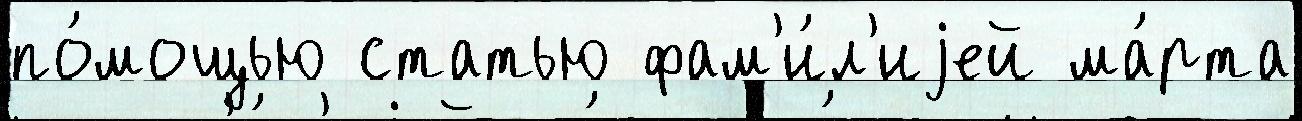
по́мощью статью фам'и́л'иjей ма́рта